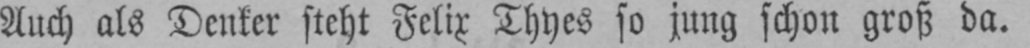
Auch als Denker steht Felix Thyes so jung schon groß da.